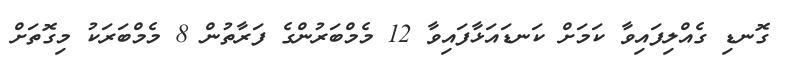
ގޮނޑި ގެއްލިފައިވާ ކަމަށް ކަނޑައަޅާފައިވާ 12 މެމްބަރުންގެ ފަރާތުން 8 މެމްބަރަކު މިގޮތަށް